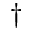
^ \dagger